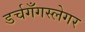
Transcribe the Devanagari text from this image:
डर्चगँगस्लेगर